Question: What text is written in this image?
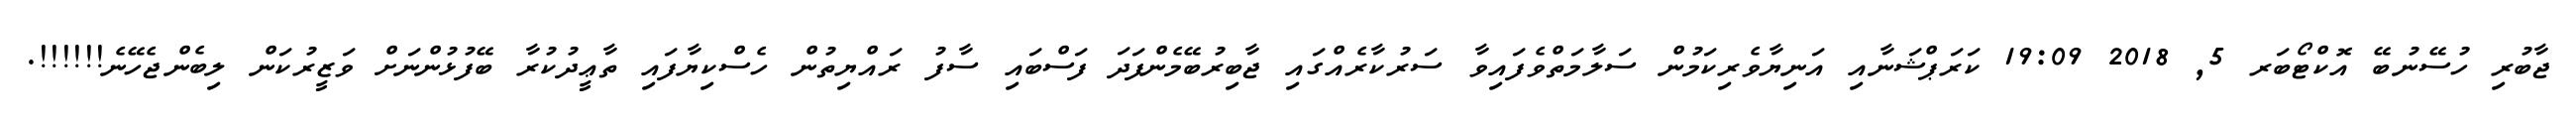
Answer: ޖާބުރި ހުސޭނުބޭ އޮކްޓޯބަރ 5, 2018 19:09 ކަރަޕްޝަނާއި އަނިޔާވެރިކަމުން ސަލާމަތްވެފައިވާ ސަރުކާރެއްގައި ޖާބިރުބޭމެންފަދަ ފަސްބައި ސާފު ރައްޔިތުން ހެސްކިޔާފައި ތާޢީދުކުރާ ބޭފުޅުންނަށް ވަޒީރުކަން ލިބެންޖެހޭނެ!!!!!!.